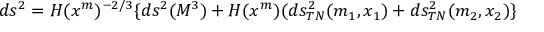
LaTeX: d s ^ { 2 } = H ( x ^ { m } ) ^ { - 2 / 3 } \lbrace d s ^ { 2 } ( M ^ { 3 } ) + H ( x ^ { m } ) ( d s _ { T N } ^ { 2 } ( m _ { 1 } , x _ { 1 } ) + d s _ { T N } ^ { 2 } ( m _ { 2 } , x _ { 2 } ) \rbrace